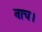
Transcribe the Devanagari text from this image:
नाच।